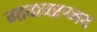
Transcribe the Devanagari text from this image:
नावावरुनच